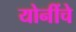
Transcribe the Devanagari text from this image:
योनींचे